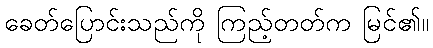
ခေတ်ပြောင်းသည်ကို ကြည့်တတ်က မြင်၏။